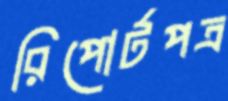
রিপোর্টপত্র